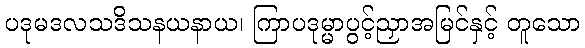
ပဒုမဒလသဒိသနယနာယ၊ ကြာပဒုမ္မာပွင့်ညှာအမြင်နှင့် တူသော